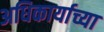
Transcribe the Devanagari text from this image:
अधिकार्याच्या